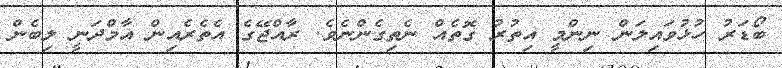
ބޯޑަރު ހުޅުވައިލަން ނިންމީ އިތުރު ގޮތެއް ނެތިގެންނެވެ. ރާއްޖޭގެ އެތެރެއިން އާމްދަނީ ލިބެން